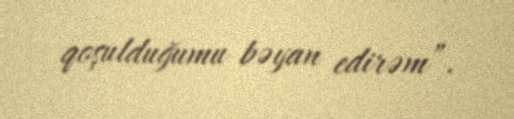
qoşulduğumu bəyan edirəm”.